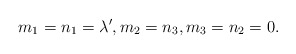
\begin{align*}m_1=n_1=\lambda',m_2=n_3, m_3=n_2=0. \end{align*}